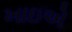
ખાઇએ